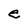
Character: e